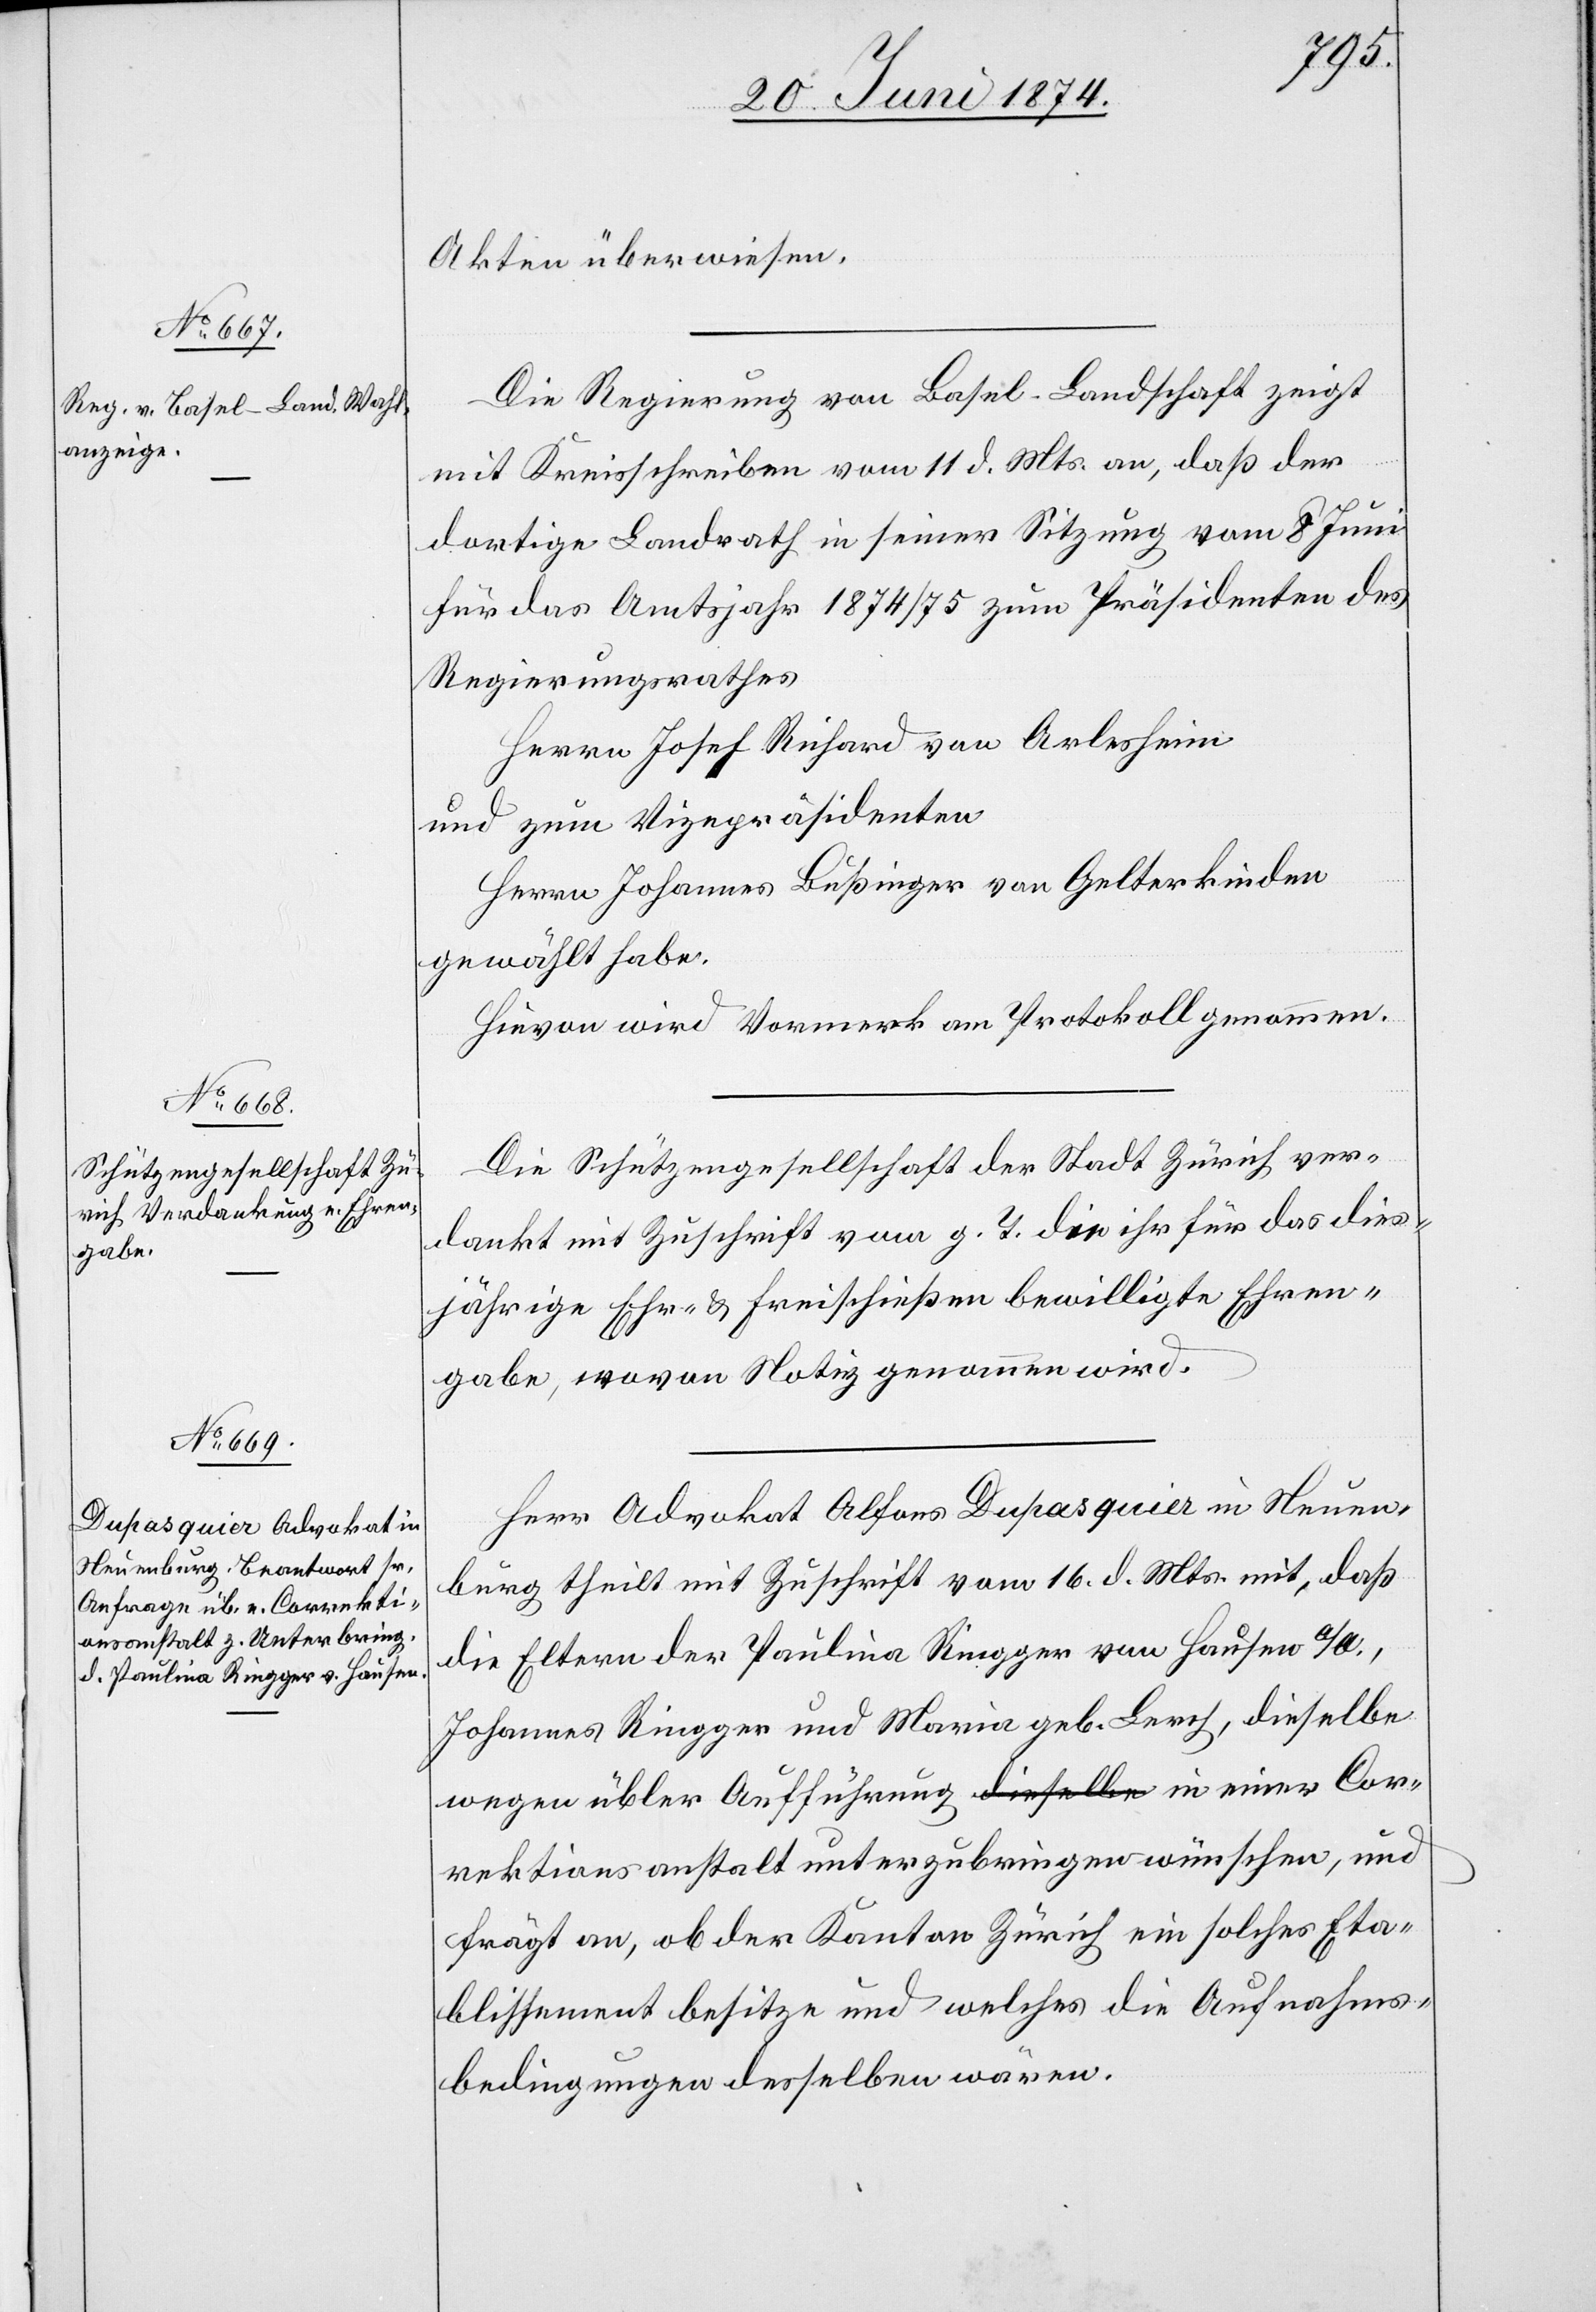
Akten überwiesen.
Die Regierung von Basel-Landschaft zeigt
mit Kreisschreiben vom 11. d. Mts. an, daß der
dortige Landrath in seiner Sitzung vom 8. Juni
für das Amtsjahr 1874/75 zum Präsidenten des
Regierungsrathes
Herrn Josef Richard von Arlesheim
und zum Vizepräsidenten
Herrn Johannes Bußinger von Gelterkinden
gewählt habe.
Hievon wird Vormerk am Protokoll genommen.
Die Schützengesellschaft der Stadt Zürich ver¬
dankt mit Zuschrift vom g. T. die ihr für das dies¬
jährige Ehr- u. Freischießen bewilligte Ehren¬
gabe, wovon Notiz genommen wird.
Herr Advokat Alfons Dupasquier in Neuen¬
burg theilt mit Zuschrift vom 16. d. Mts. mit, daß
die Eltern der Paulina Ringger von Hausen a/A.,
Johannes Ringger und Maria geb. Lerch, dieselbe
wegen übler Aufführung in einer Correktionsanstalt
frägt an, ob der Kanton Zürich ein solches Eta¬
blissement besitze und welches die Aufnahms¬
bedingungen desselben wären.